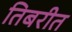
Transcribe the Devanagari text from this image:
तिबरीत